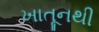
ખાતૂનથી